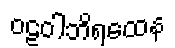
ဝဠဝါဘိရထေန